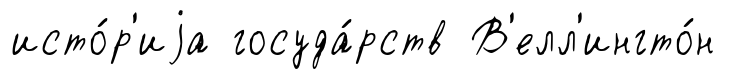
исто́р'иjа госуда́рств В'елл'ингто́н